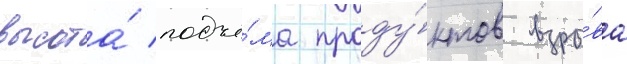
высота́ подъё́ма проду́ктов взры́ва